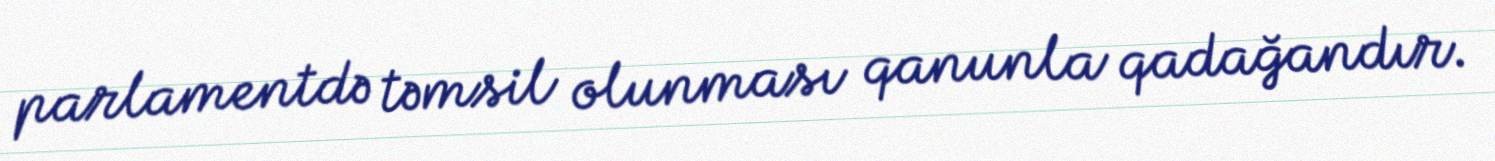
parlamentdə təmsil olunması qanunla qadağandır.